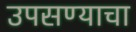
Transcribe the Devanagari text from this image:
उपसण्याचा